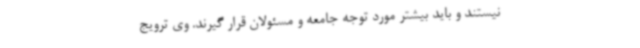
نیستند و باید بیشتر مورد توجه جامعه و مسئولان قرار گیرند. وی ترویج